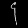
Digit: ၄